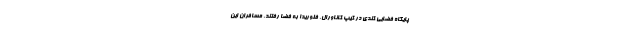
پایگاه فضایی کندی در کیپ کاناورال، فلوریدا به فضا رفتند. مسافران این